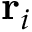
\mathbf { r } _ { i }